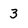
Character: 3